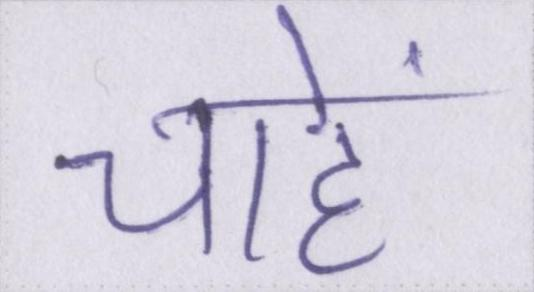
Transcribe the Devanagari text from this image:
चाहें